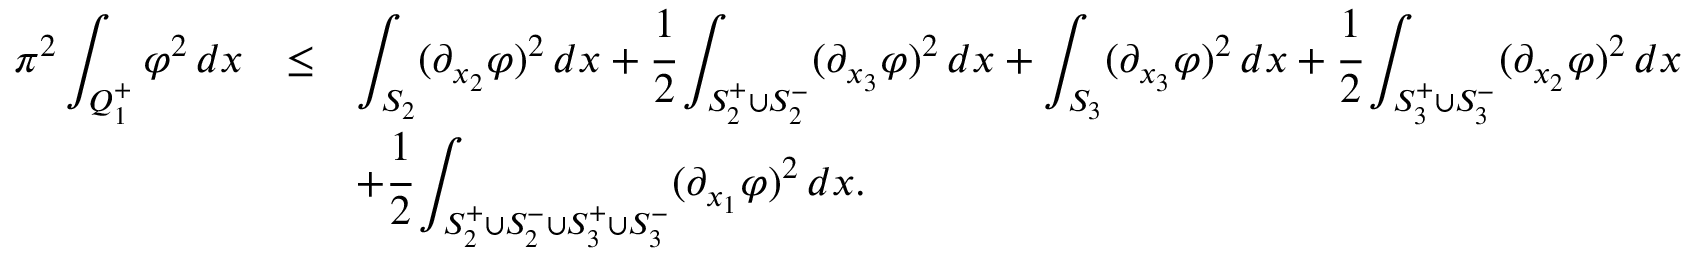
\begin{array} { r c l } { \pi ^ { 2 } \displaystyle \int _ { Q _ { 1 } ^ { + } } \varphi ^ { 2 } \, d x } & { \le } & { \displaystyle \int _ { S _ { 2 } } ( \partial _ { x _ { 2 } } \varphi ) ^ { 2 } \, d x + \cfrac { 1 } { 2 } \int _ { S _ { 2 } ^ { + } \cup S _ { 2 } ^ { - } } ( \partial _ { x _ { 3 } } \varphi ) ^ { 2 } \, d x + \displaystyle \int _ { S _ { 3 } } ( \partial _ { x _ { 3 } } \varphi ) ^ { 2 } \, d x + \cfrac { 1 } { 2 } \int _ { S _ { 3 } ^ { + } \cup S _ { 3 } ^ { - } } ( \partial _ { x _ { 2 } } \varphi ) ^ { 2 } \, d x } \\ & & { + \displaystyle \cfrac { 1 } { 2 } \int _ { S _ { 2 } ^ { + } \cup S _ { 2 } ^ { - } \cup S _ { 3 } ^ { + } \cup S _ { 3 } ^ { - } } ( \partial _ { x _ { 1 } } \varphi ) ^ { 2 } \, d x . } \end{array}